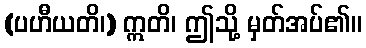
(ပဟီယတိ၊) ဣတိ၊ ဤသို့ မှတ်အပ်၏။